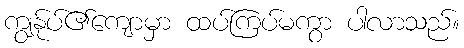
ကျွန်ုပ်၏ကျောမှာ ထပ်ကြပ်မကွာ ပါလာသည်။